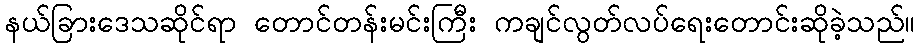
နယ်ခြားဒေသဆိုင်ရာ တောင်တန်းမင်းကြီး ကချင်လွတ်လပ်ရေးတောင်းဆိုခဲ့သည်။